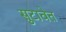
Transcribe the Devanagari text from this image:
सुटावेत